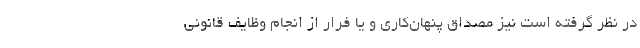
در نظر گرفته است نيز مصداق پنهان‌كاري و يا فرار از انجام وظايف قانوني